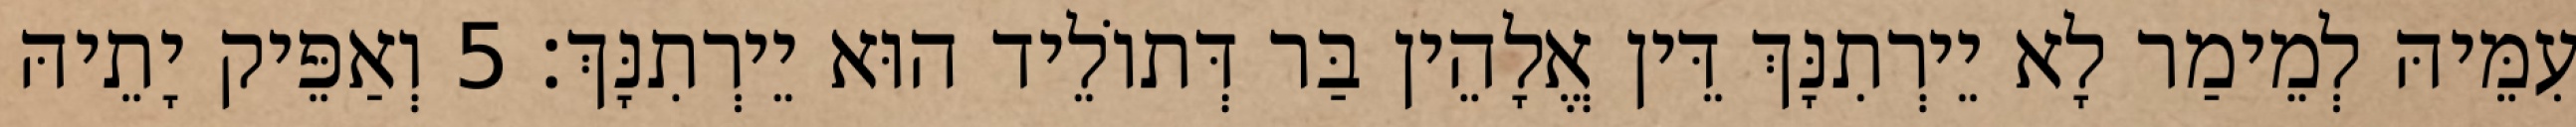
עִמֵּיהּ לְמֵימַר לָא יֵירְתִנָּךְ דֵּין אֱלָהֵין בַּר דְּתוֹלֵיד הוּא יֵירְתִנָּךְ׃ 5 וְאַפֵּיק יָתֵיהּ